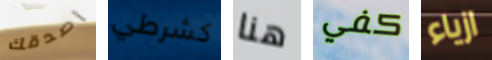
أصدقك كشرطي هنا كفي ازياء